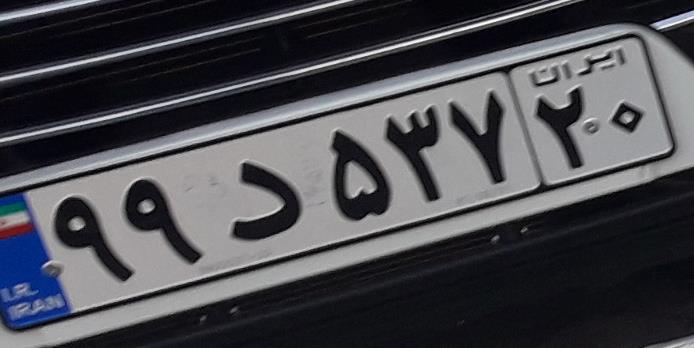
۹۹د۵۳۷۲۰